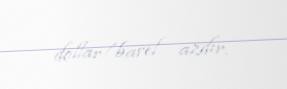
dollar/barel azdır.